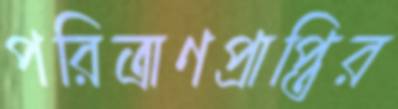
পরিত্রাণপ্রাপ্তির